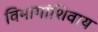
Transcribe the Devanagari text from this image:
विभागांशिवाय